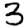
Digit: 3